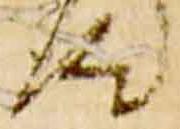
汰